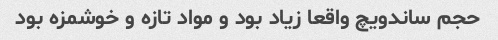
حجم ساندویچ واقعا زیاد بود و مواد تازه و خوشمزه بود